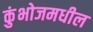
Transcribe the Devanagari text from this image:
कुंभोजमधील